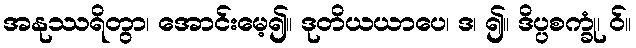
အနုဿရိတွာ၊ အောင်းမေ့၍။ ဒုတိယယာပေ၊ ဒ၊ ၍။ ဒိပ္ပစက္ခုံ၊ ဝ်။